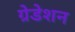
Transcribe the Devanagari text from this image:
ग्रेडेशन